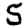
Digit: 5